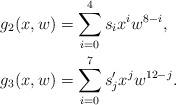
LaTeX: \begin{align*} g_2(x,w) &= \sum_{i=0}^4 s_i x^i w^{8-i}, \\ g_3(x,w) &= \sum_{i=0}^7 s'_j x^j w^{12-j}.\end{align*}